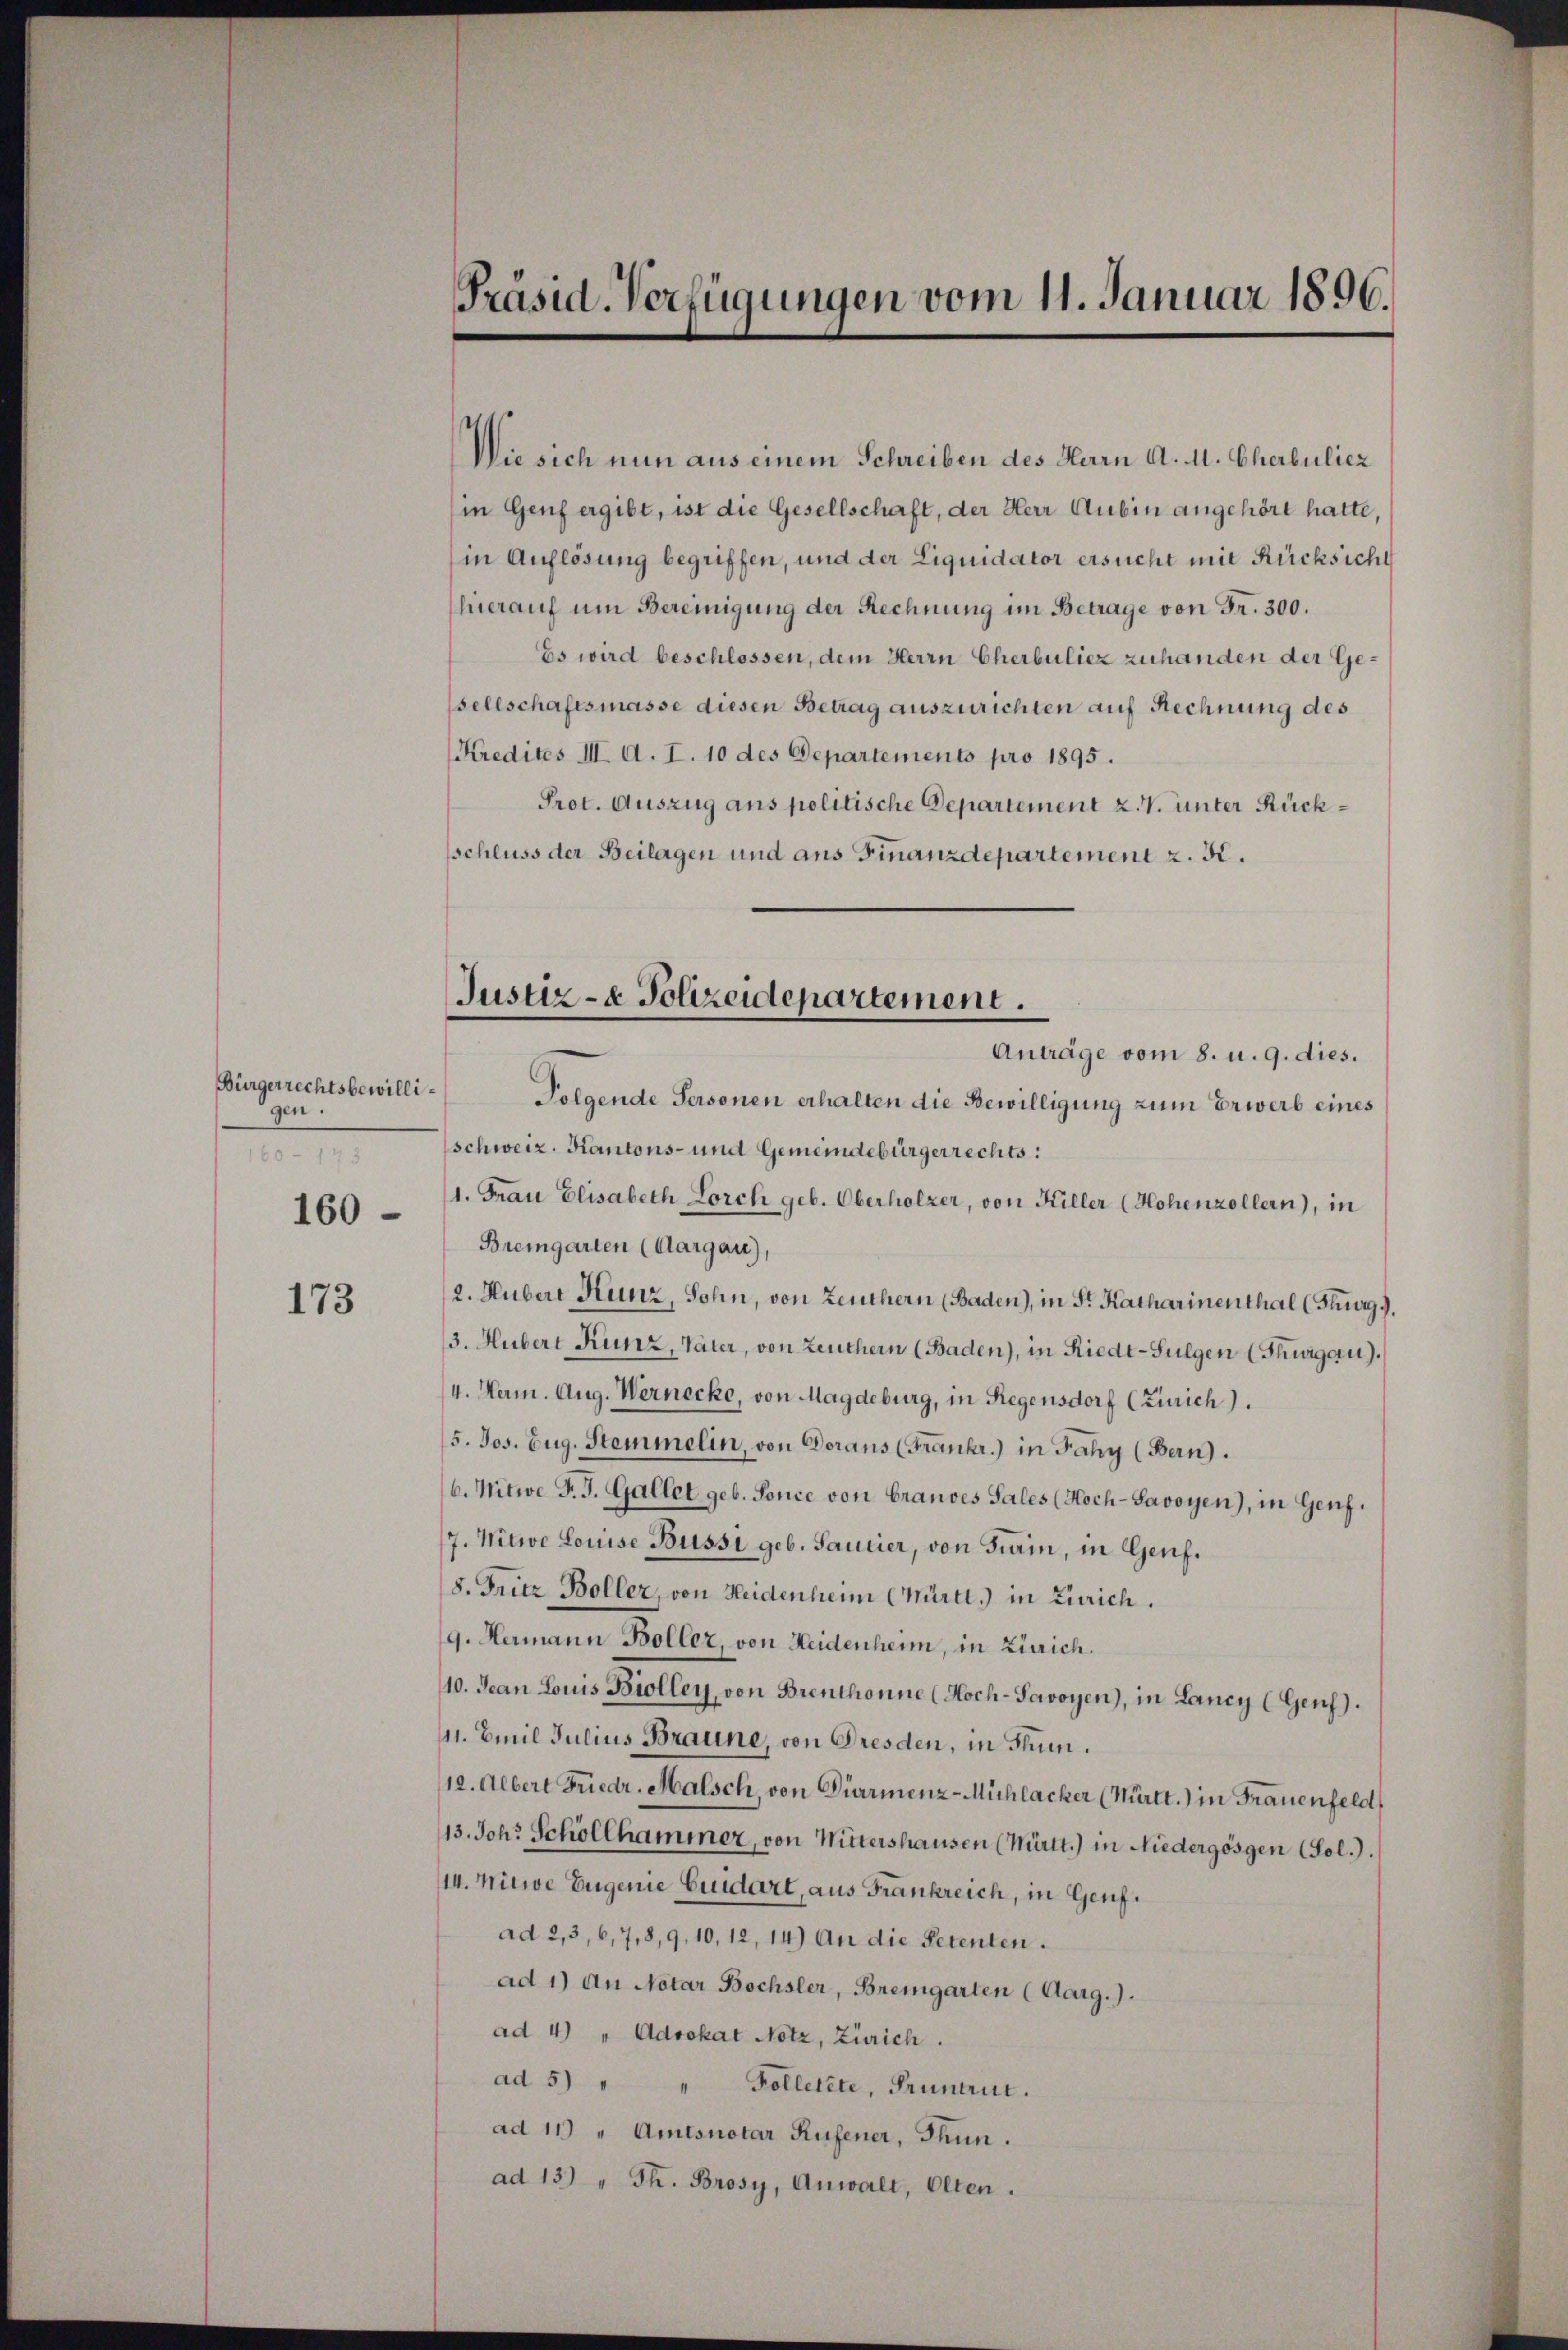
Bürgerrechtsbewilligen.
160 - 178
160

173

Präsid-Verfügungen vom 11. Januar 1896.

Wie sich nun aus einem Schreiben des Herrn A. M. Cherbuliez
in Genf ergibt, ist die Gesellschaft, der Herr Rubin angehört hatte,
(in Auflösung begriffen, und der Liquidator ersucht mit Rücksicht
herauf um Bereinigung der Rechnung im Betrage von Fr. 300.
Es wird beschlossen, dem Herrn Cherbuliez zuhanden der Gesellschaftsmasse diesen Betrag auszurichten auf Rechnung des
Kredites III. A. L. 10 des Departements pro 1895.
Prot. Auszug ans politische Departement z. V. unter Rücksschluss der Beilagen und aus Finanzdepartement z. B.
Anträge vom 8. u. 9. dies.
Folgende Personen erhalten die Bewilligung zum Erwerb eines
schweiz. Kantons- und Gemeindebürgerrechts:
1. Frau Elisabeth Lorch geb. Oberholzer, von Hiller (Hohenzollern), in
Bremgarten (Aargau),
2. Huber Kunz, Sohn, von Leuthern (Baden), in Sr. Katharinenthal (Furg.
3. Hubert Kunz, Vater, von Leuthern (Baden), in Riedt-Sulgen (Thurgau).
4. Herm. Aug. Wernecke, von Magdeburg, in Regensdorf (Zürich).
5. Jos. Zug. Stemmelin, von Doraus (Frankr.) in Fahy (Bern.
b. Nitwe P. J. Gallet geb. Sonce von Grandes Sales (Koch-Savoyen), in Genf.
7. Witwe Louise Bussi geb. Sancier, von Train, in Genf.
8. Fritz Boller, von Heidenheim (Marti, in Zürich.
9. Hermann Boller, von Heidenheim, in Zürich.
10. Jean Louis Bioller, von Brenthonne (Hoch-Savoyen), in Lancy (Genf).
111. Emil Julius Braune, von Dresden, in Thun.
12. Albert Friedr. Malsch, von Diarmenz-Michlacker (Mürtt.) in Frauenfeld,
13. Joh. Schöllhammer, von Wittershausen (Mürtt.) in Niedergösgen (Fol.).
14. Mitwe Eugenie Cuidart, aus Frankreich, in Genf.
ad 2,3, 6, 7,8,9,10, 12, 14) An die Petenten.
ad 1) An Notar Bochsler, Bremgarten (Aarg.).
ad 4) " Advokat Notz, Zürich.
ad 5) " " Folletete, Frünau.
ad 11 " Amtsnotar Rufener, Thun.
ad 13) " Th. Brosy, Anwalt, Olten.

Justiz- & Polizeidepartement.